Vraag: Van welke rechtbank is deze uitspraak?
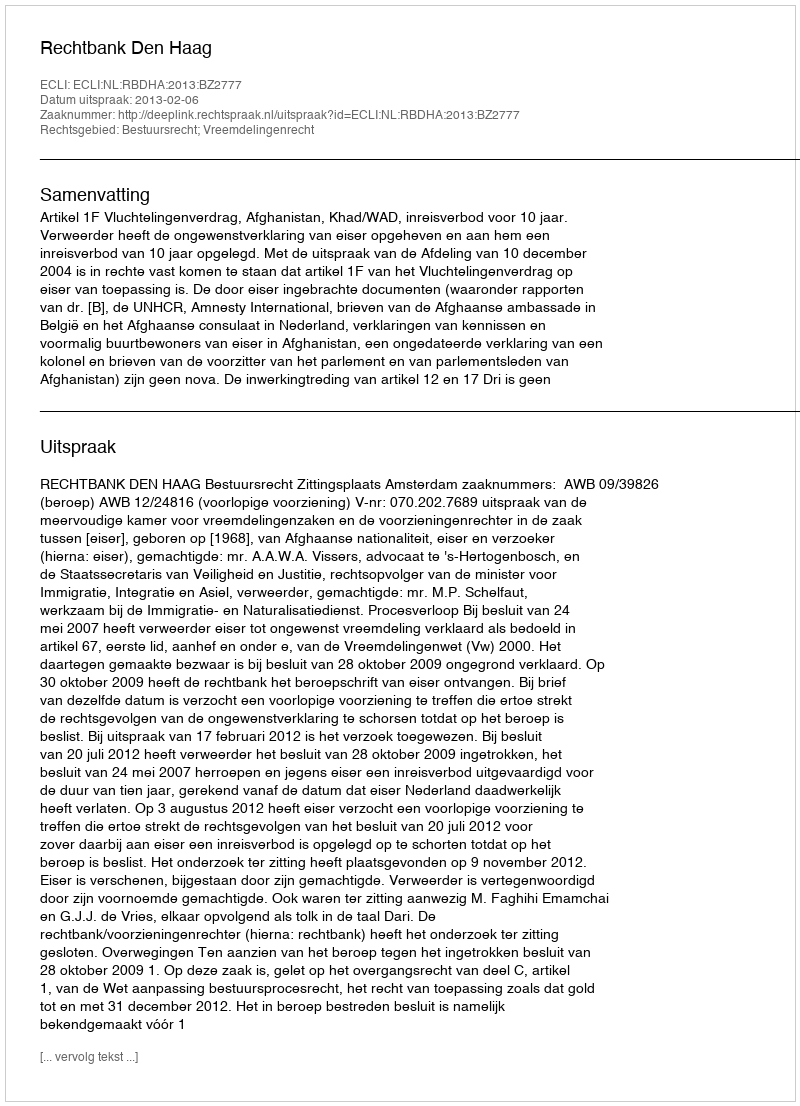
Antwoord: Rechtbank Den Haag